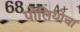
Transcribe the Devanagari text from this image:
पोलियोचा